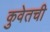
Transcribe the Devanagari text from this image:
कुवेतची